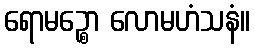
ရောမဉ္စော လောမဟံသနံ။